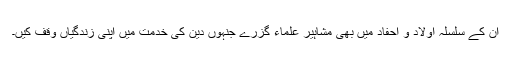
ان کے سلسلہ اولاد و احفاد میں بھی مشاہیر علماء گزرے جنہوں دین کی خدمت میں اپنی زندگیاں وقف کیں۔